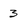
Character: 3